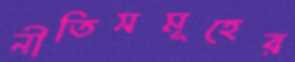
নীতিসমূহের